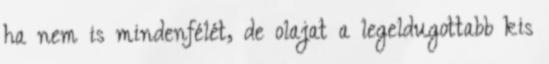
ha nem is mindenfélét, de olajat a legeldugottabb kis